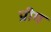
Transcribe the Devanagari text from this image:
प्रीग